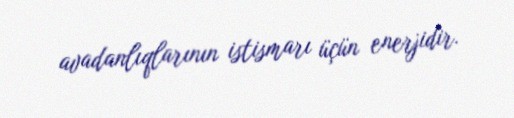
avadanlıqlarının istismarı üçün enerjidir.